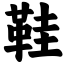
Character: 鞋